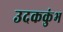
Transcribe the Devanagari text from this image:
उदककुंभ